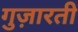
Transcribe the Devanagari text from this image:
गुज़ारती